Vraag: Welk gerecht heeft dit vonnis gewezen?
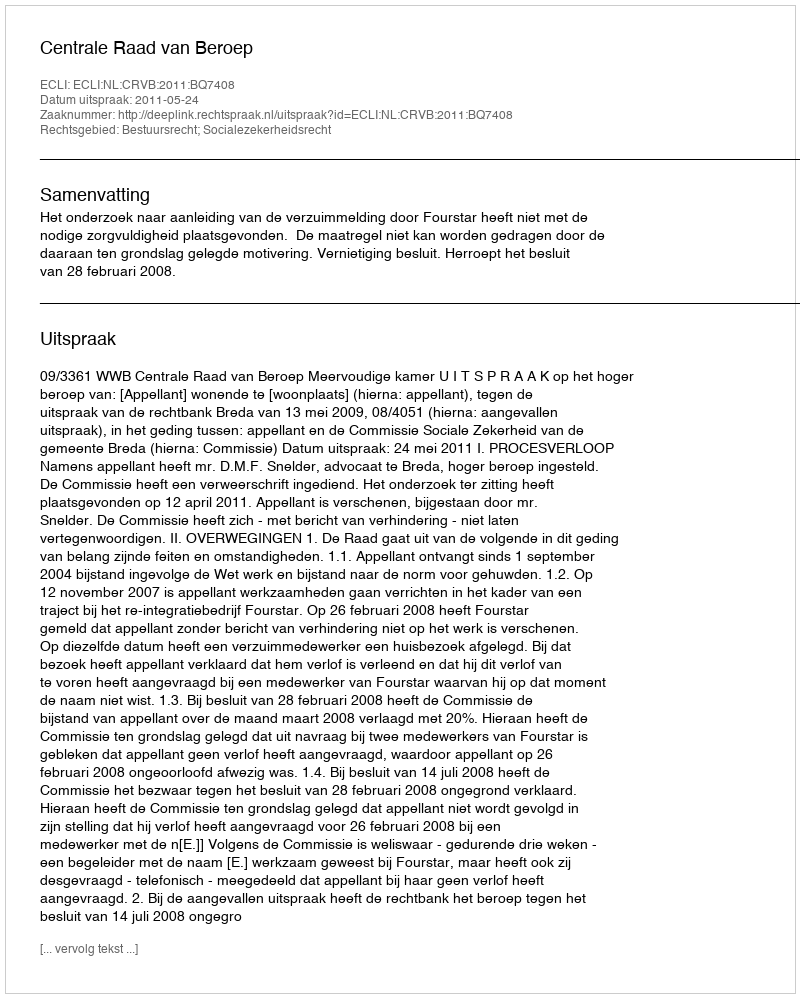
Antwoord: Centrale Raad van Beroep